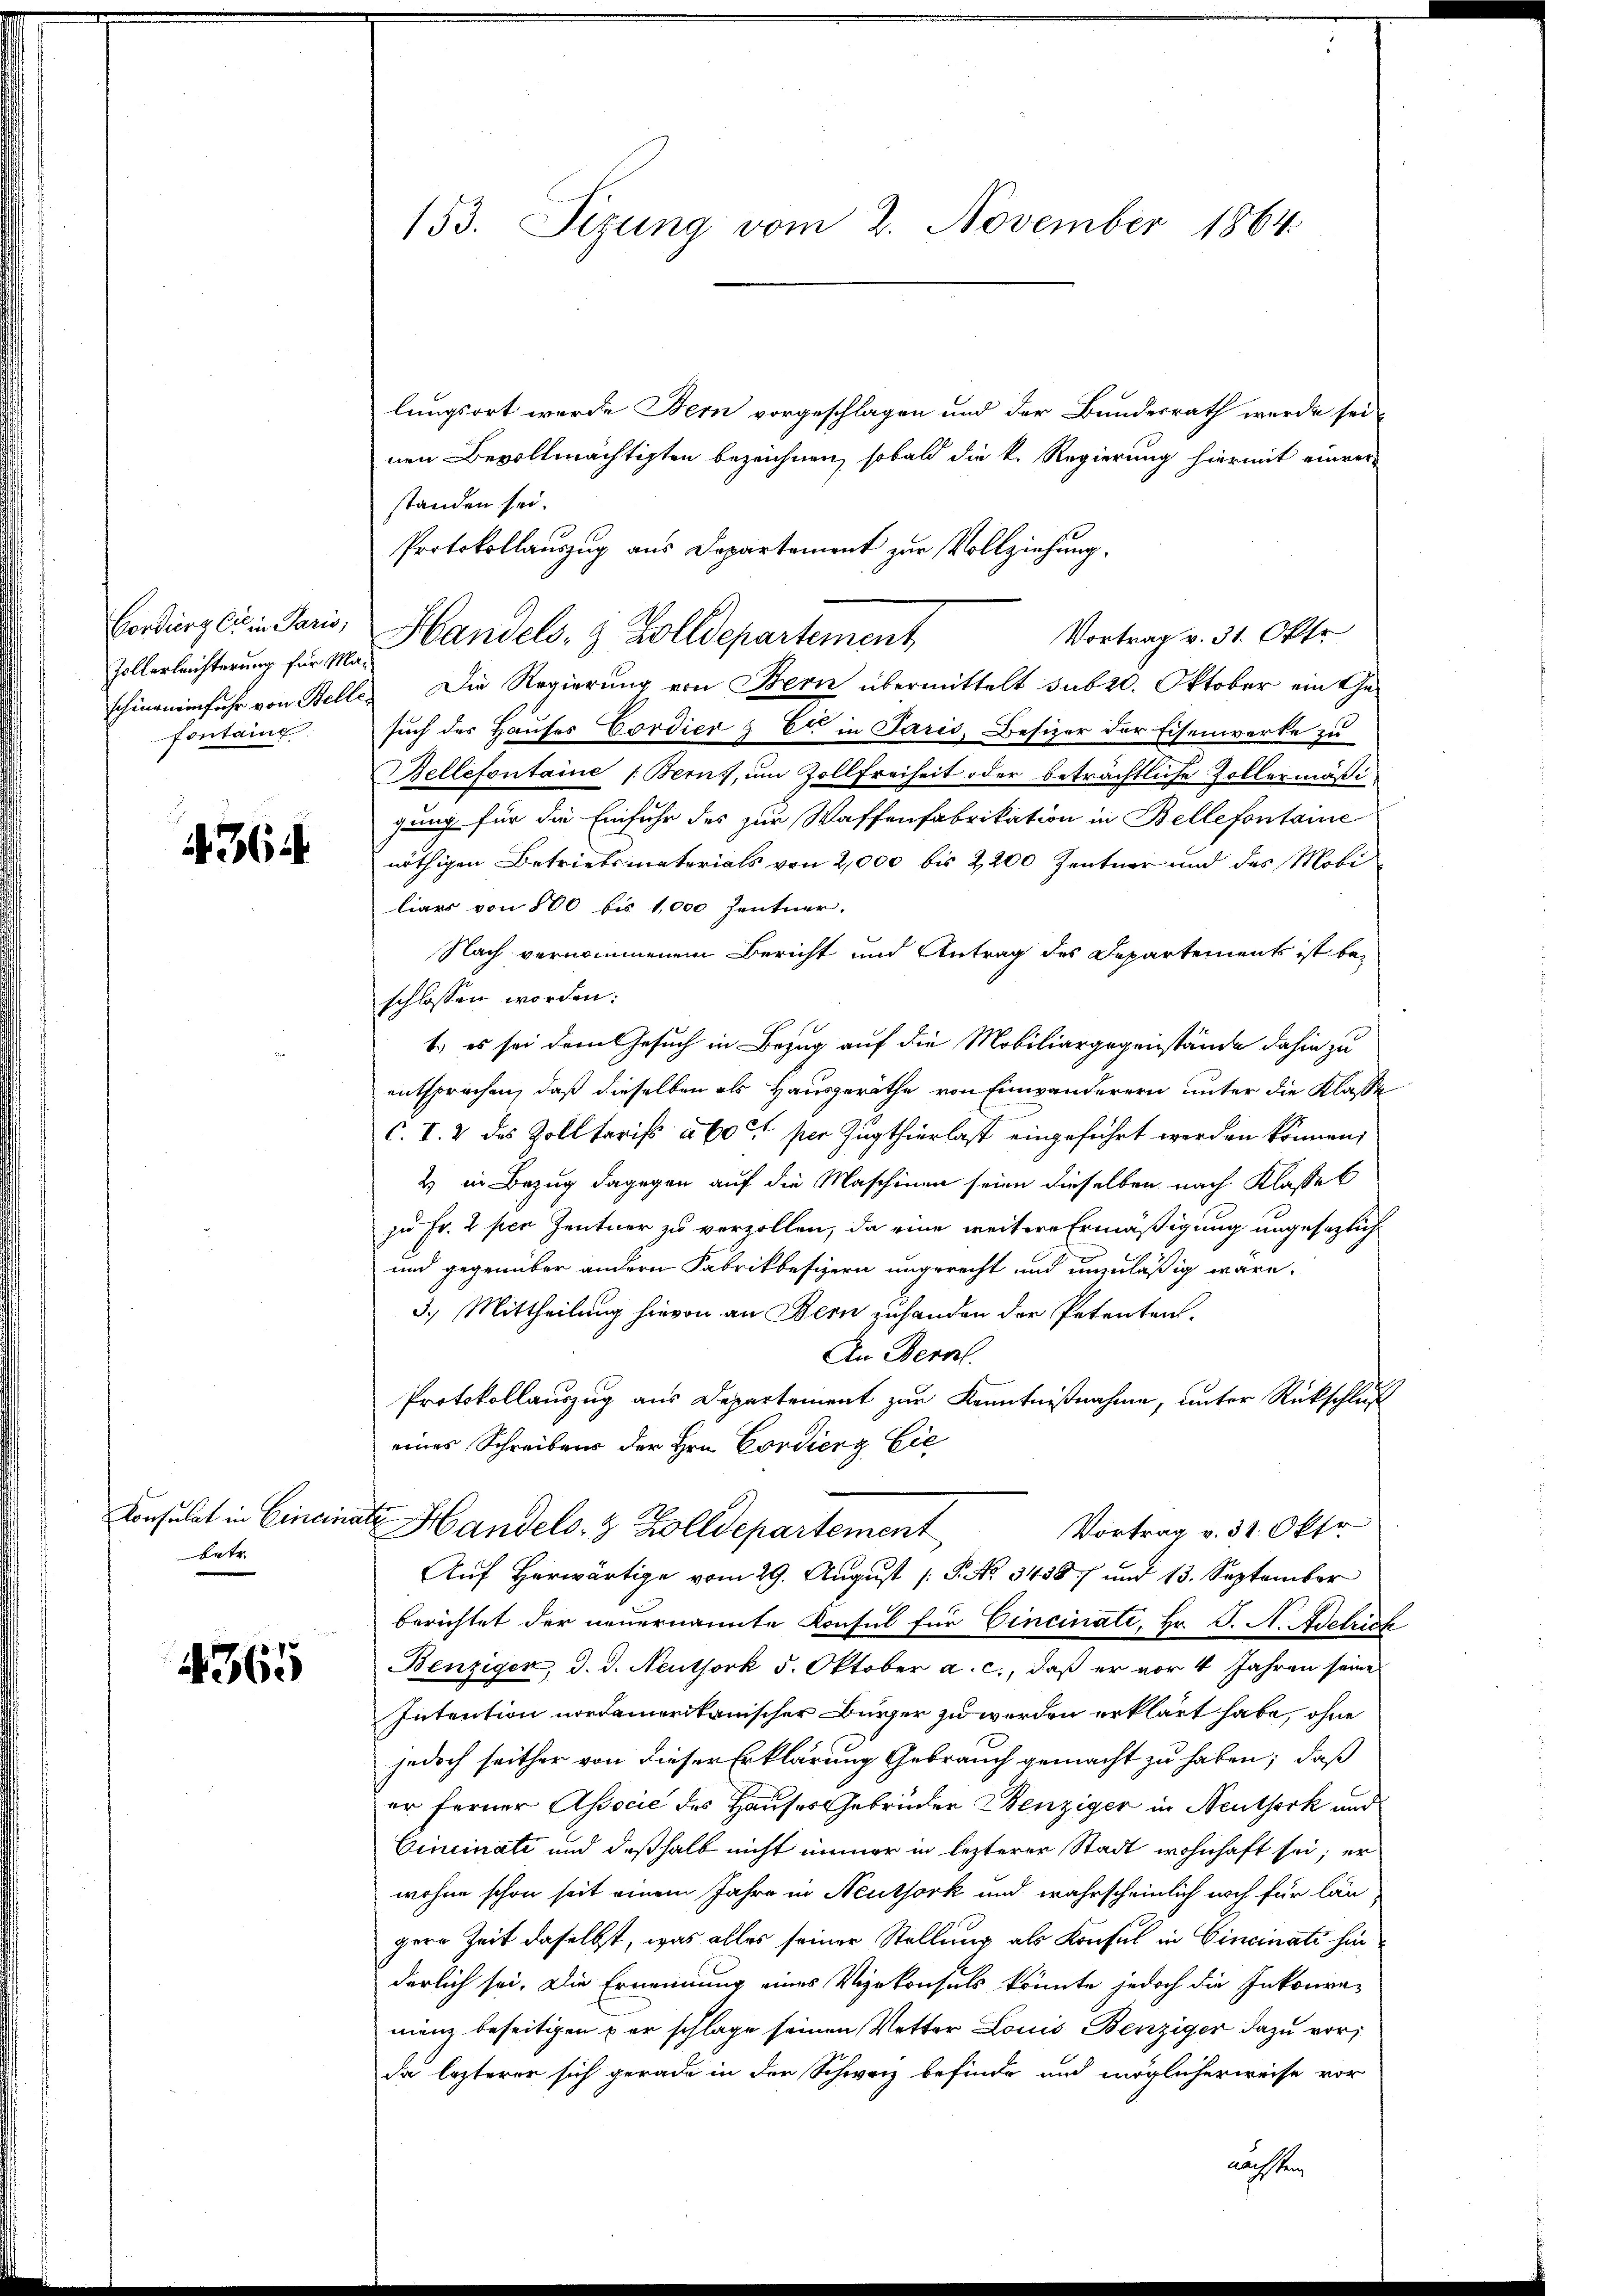
Zollerleichterung für Ma¬
Fontainf

4364.

betr.

4365

lungsort werde Bern vorgeschlagen und der Bundesrath werde sei
nen Bevollmächtigten bezeichnen, sobald die k. Regierung hiermit einver-
standen sei.
Protokollauszug aus Departement zur Vollziehung.
schineinfuhr von Belle. Die Regierung von Bern übermittelt sub 20. Oktober ein Gesuch des Hauses Cordier & Er in Paris, Besizer der Eisenwerke zu
Bellefontaine Berns, um Zollfreiheit oder beträchtliche Zollermäßi
gung für die Einfuhr des zur Waffenfabrikation in Bellefontaine
nöthigen Betriebsmaterials von 2,000 bis 2200 Zentner und des Mobi
liars von 500 bis 1,000 Zentner.
Nach vernommenen Bericht und Antrag des Departements ist beschlossen worden:
1.) es sei dem Gesuch in Bezug auf die Mobiliargegenstände dahin zu
entsprochen, daß dieselben als Hausgeräthe von Einwanderern unter die Klasse
c. I. 2 des Zolltarifs à 60 rt per Zugthierlast eingeführt werden können,
2) in Bezug dagegen auf die Maschinen seien dieselben nach Klasse b
zu Fr. 2 per Zentner zu verzollen, da eine weitere Ermäßigung ungesezlich¬
und gegenüber andern Fabrikbesizern ungerecht und unzuläßig wäre.
3.) Mittheilung hievon an Bern zuhanden der Petenten,
An Bern.
Protokollauszug aus Departement zur Kenntnißnahme, unter Rückschluß
eines Schreibens der Hrn. Cordienz Eie
Konsulat in Cincinate Handels- & Zolldepartement
Vortrag v. 31. Okto
Auf herwärtige vom 29. August /: P. No 34587 und 13. September
berichtet der neuernannte Konsul für Cincinati, Hr. J. A. Adelrich
Benzigen, d. d. Neuthork 5. Oktober a. c., daß er vor 4 Jahren seine
Intention nordamerikanischer Bürger zu werden erklärt habe, ohne
jedoch seither von dieser Erklärung Gebrauch gemacht zu haben; daß
er ferner Associe des Hauses Gebrüder Benziger in Neutseck und
Cincinati und deßhalb nicht immer in lezterer Stadt wohnhaft sei; er
wohne schon seit einem Jahre in Neuthork und wahrscheinlich noch für längere Zeit daselbst, was alles seiner Stellung als Konsul in Cincinati hinderlich sei. Die Ernennung eines Vizekonsuls könnte jedoch die Inkonre-
manz beseitigen per schlage seinen Vetter Louis Benziger dazu vor;
da lezterer sich gerade in der Schweiz befinde und möglicherweise vor
nächsten

153. Sizung vom 2. November 1864

Bordürglein Paris, Handels- & Zolldepartement

Vortrag v. 31. Okto